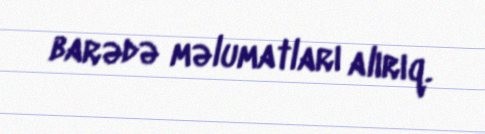
barədə məlumatları alırıq.